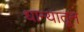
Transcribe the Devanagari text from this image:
धान्यातून